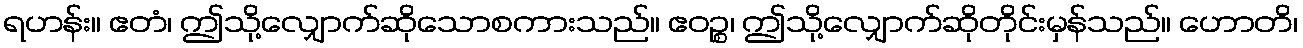
ရဟန်း။ ဧတံ၊ ဤသို့လျှောက်ဆိုသောစကားသည်။ ဧဝဉ္စ၊ ဤသို့လျှောက်ဆိုတိုင်းမှန်သည်။ ဟောတိ၊